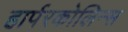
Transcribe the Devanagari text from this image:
हार्परकोलिन्स